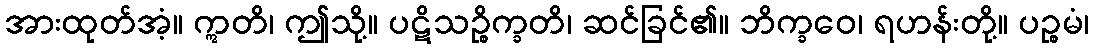
အားထုတ်အံ့။ ဣတိ၊ ဤသို့။ ပဋိသဉ္စိက္ခတိ၊ ဆင်ခြင်၏။ ဘိက္ခဝေ၊ ရဟန်းတို့။ ပဉ္စမံ၊